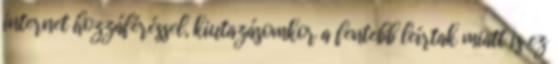
internet hozzáféréssel, kiutazásomkor a fentebb leírtak miatt is ez